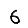
Digit: 6